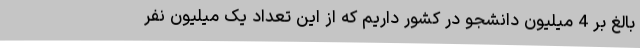
بالغ بر 4 میلیون دانشجو در کشور داریم که از این تعداد یک میلیون نفر